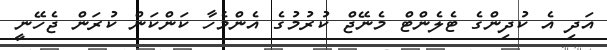
އަދި އެ ކުދިންގެ ޓެލެންޓް މެނޭޖް ކުރުމުގެ އެންމެހާ ކަންކަން ކުރަން ޖެހޭނީ